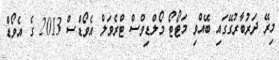
މިރޭ ދަރުބާރުގޭގައި ބޭއްވި މަޓޯޓޯ މޯލްޑިވްސް ޓްރެވަލް އެވޯޑްސް 2013 ގެ އެވޯޑް